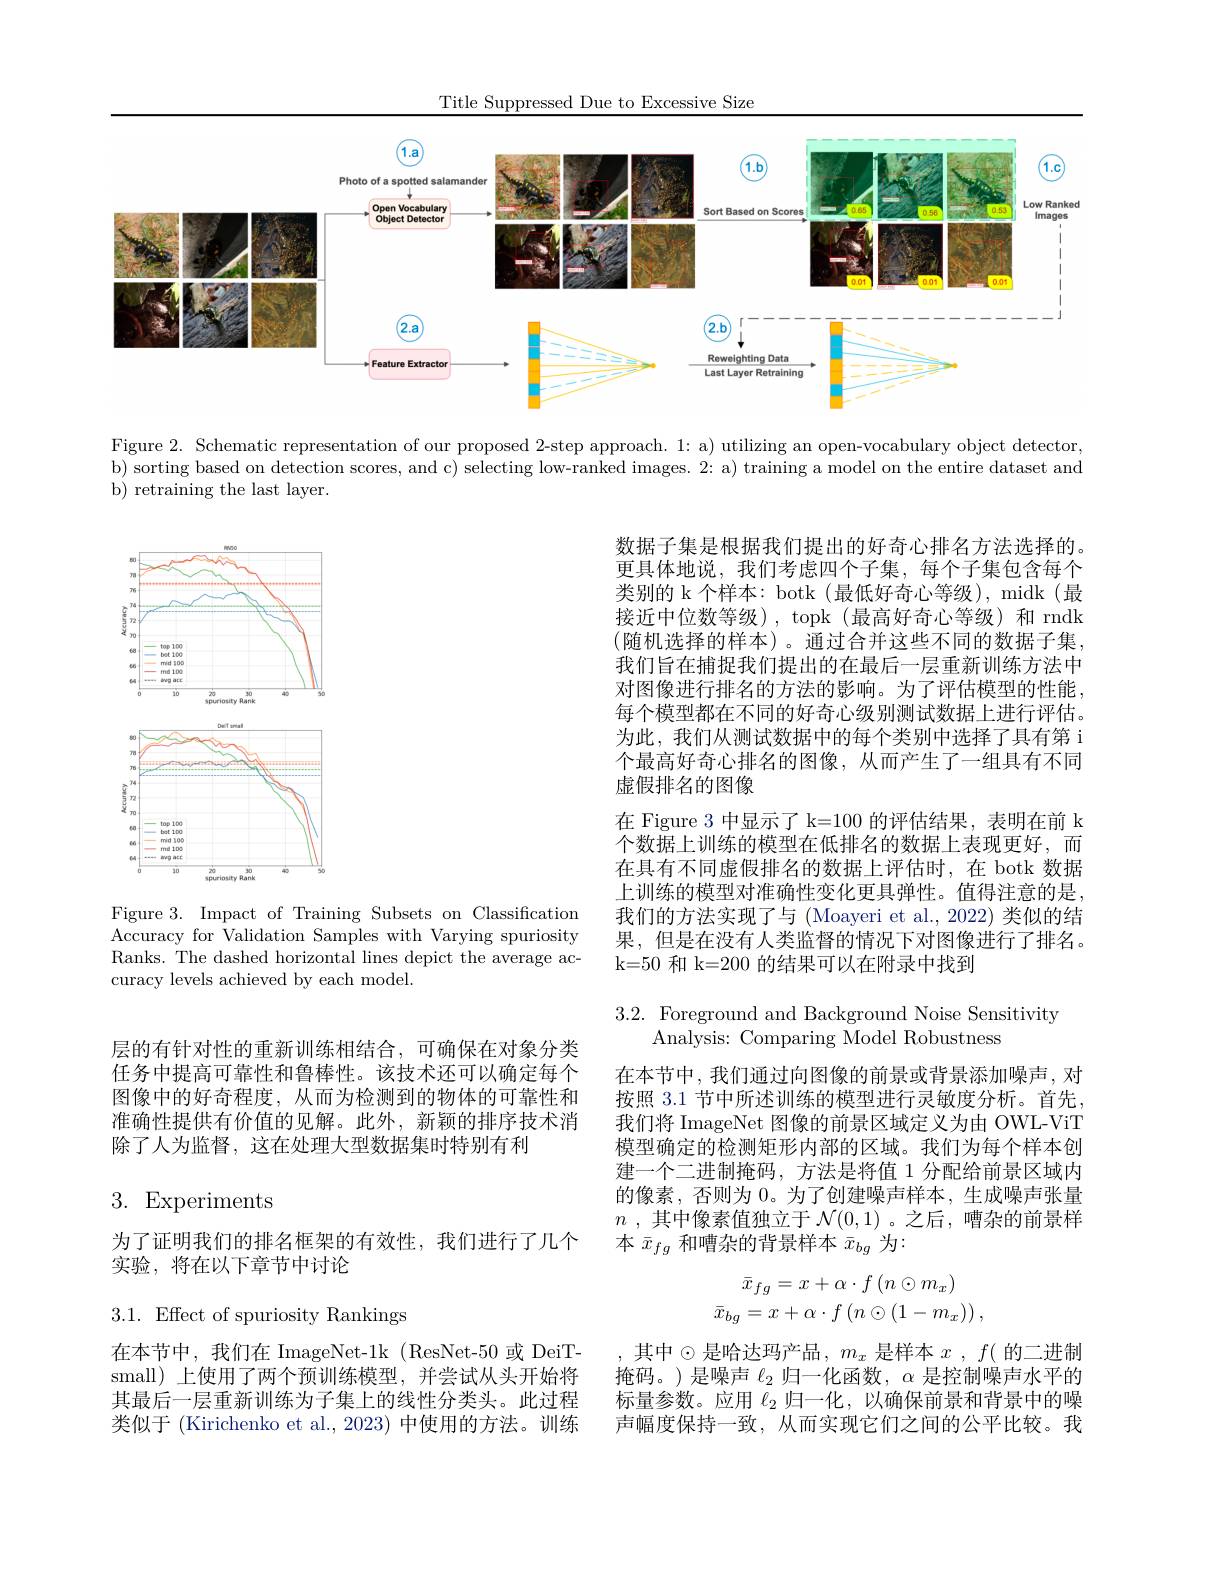
Title Suppressed Due to Excessive Size

<FigureHere>

Figure 2. Schematic representation of our proposed 2-step approach. 1: a) utilizing an open-vocabulary object detector, b) sorting based on detection scores, and c) selecting low-ranked images. 2: a) training a model on the entire dataset and b) retraining the last layer.

<FigureHere>

数据子集是根据我们提出的好奇心排名方法选择的。更具体地说，我们考虑四个子集，每个子集包含每个类别的 k 个样本：botk (最低好奇心等级), midk (最接近中位数等级), topk(最高好奇心等级)和 rndk (随机选择的样本)。通过合并这些不同的数据子集， 我们旨在捕捉我们提出的在最后一层重新训练方法中对图像进行排名的方法的影响。为了评估模型的性能， 每个模型都在不同的好奇心级别测试数据上进行评估。为此，我们从测试数据中的每个类别中选择了具有第 i 个最高好奇心排名的图像，从而产生了一组具有不同虚假排名的图像
在 Figure 3 中显示了 k=100 的评估结果，表明在前 k 个数据上训练的模型在低排名的数据上表现更好，而在具有不同虚假排名的数据上评估时，在 botk 数据上训练的模型对准确性变化更具弹性。值得注意的是， 我们的方法实现了与 (Moayeri et al., 2022) 类似的结果，但是在没有人类监督的情况下对图像进行了排名。k=50 和 k=200 的结果可以在附录中找到

Figure 3. Impact of Training Subsets on Classification Accuracy for Validation Samples with Varying spuriosity Ranks. The dashed horizontal lines depict the average accuracy levels achieved by each model.

3.2. Foreground and Background Noise Sensitivity
Analysis: Comparing Model Robustness

层的有针对性的重新训练相结合，可确保在对象分类任务中提高可靠性和鲁棒性。该技术还可以确定每个图像中的好奇程度，从而为检测到的物体的可靠性和准确性提供有价值的见解。此外，新颖的排序技术消除了人为监督，这在处理大型数据集时特别有利

在本节中，我们通过向图像的前景或背景添加噪声，对按照 3.1 节中所述训练的模型进行灵敏度分析。首先， 我们将 ImageNet 图像的前景区域定义为由 OWL-ViT 模型确定的检测矩形内部的区域。我们为每个样本创建一个二进制掩码，方法是将值 1 分配给前景区域内的像素，否则为0。为了创建噪声样本，生成噪声张量$n$ ,其中像素值独立于$\mathcal{N}(0,1)$ 。之后 ,嘈杂的前景样本$\bar{x}_{fg}$和嘈杂的背景样本$\bar{x}_bg$为：

# 3. Experiments

为了证明我们的排名框架的有效性，我们进行了几个
实验，将在以下章节中讨论
$$\begin{array}{c}\bar{x}_{fg}=x+\alpha\cdot f\left(n\odot m_x\right)\\\bar{x}_{bg}=x+\alpha\cdot f\left(n\odot(1-m_x)\right),\end{array}$$
3.1.Effect of spuriosity Rankings

在本节中，我们在 ImageNet-1k (ResNet-50 或 DeiTsmall)上使用了两个预训练模型，并尝试从头开始将其最后一层重新训练为子集上的线性分类头。此过程类似于 (Kirichenko et al., 2023) 中使用的方法。训练

其中$\odot$是哈达玛产品$,m_x$ 是样本 $x,f($ 的二进制掩码。)是噪声$\ell_2$归一化函数，$\alpha$是控制噪声水平的标量参数。应用$\ell_{2}$归一化，以确保前景和背景中的噪声幅度保持一致，从而实现它们之间的公平比较。我